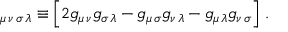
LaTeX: { \ss } _ { \mu \, \nu \, \sigma \, \lambda } \equiv \left[ 2 g _ { \mu \, \nu } g _ { \sigma \, \lambda } - g _ { \mu \, \sigma } g _ { \nu \, \lambda } - g _ { \mu \, \lambda } g _ { \nu \, \sigma } \right] \, .